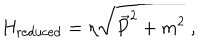
LaTeX: H _ { \mathrm { r e d u c e d } } = \eta \sqrt { \vec { P } ^ { 2 } + m ^ { 2 } } \ ,